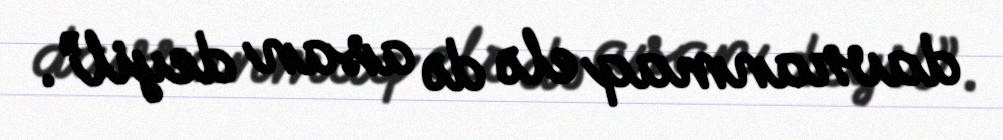
davranmaq elə də asan deyil”.